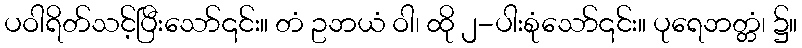
ပဝါရိတ်သင့်ပြီးသော်၎င်း။ တံ ဥဘယံ ဝါ၊ ထို ၂-ပါးစုံသော်၎င်း။ ပုရေဘတ္တံ၊ ၌။